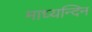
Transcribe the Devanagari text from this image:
माध्‍यन्‍दिन